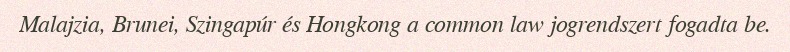
Malajzia, Brunei, Szingapúr és Hongkong a common law jogrendszert fogadta be.